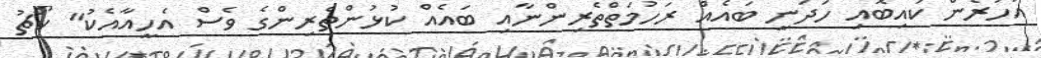
އަހަރެން ކައިބޮއި ހަދަނީ ބައެއް ރަހުމަތްތެރިންނާއި ބައެއް ކުޅުންތެރިންގެ ވެސް އެހީއާއެކު" ކޯޗު